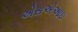
એસએઆઇ